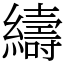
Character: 䌧